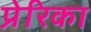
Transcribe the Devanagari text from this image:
प्रेरिका